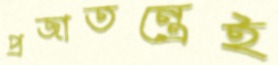
প্রজাতন্ত্রেই